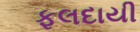
ફલદાયી